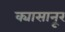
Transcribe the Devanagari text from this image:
क्यासानूर